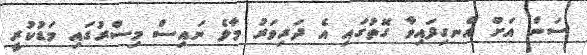
ސަން އަށް އެނގިފައިވާ ގޮތުގައި އެ ދަރިވަރު މާލެ ނައިސް މިސްރުގައި މަޑުކުރީ